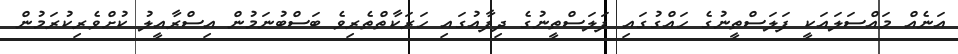
އަނެއް މައްސަލައަކީ ފަލަސްތީނުގެ ހައްގުގައި ފަލަސްތީނުގެ ދިފާއުގައި ހަރަކާތްތެރިވެ ބަސްބުނަމުން އިސްރާއީލު ކުށްވެރިކުރަމުން